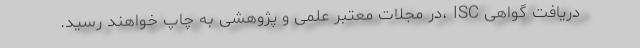
دریافت گواهی ISC ،در مجلات معتبر علمی و پژوهشی به چاپ خواهند رسید.